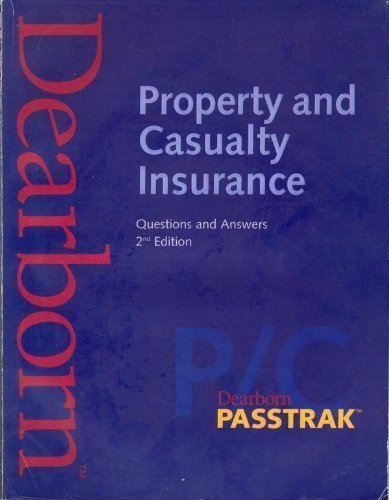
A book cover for Property and Casualty Insurance Questions and Answers; Dearborn Financial Services; Business & Money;